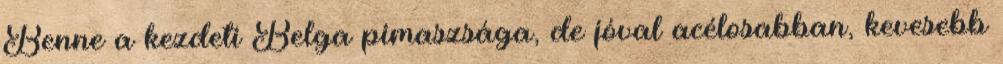
Benne a kezdeti Belga pimaszsága, de jóval acélosabban, kevesebb